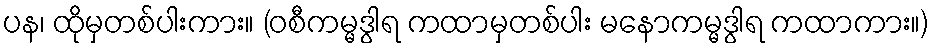
ပန၊ ထိုမှတစ်ပါးကား။ (ဝစီကမ္မဒွါရ ကထာမှတစ်ပါး မနောကမ္မဒွါရ ကထာကား။)